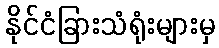
နိုင်ငံခြားသံရုံးများမှ